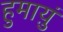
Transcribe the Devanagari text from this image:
हुमाय़ुं